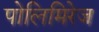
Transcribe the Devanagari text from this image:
पोलिमिरेज